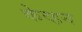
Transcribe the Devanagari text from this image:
केव्हन